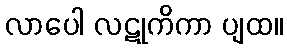
လာပေါ လဋုကိကာ ပျထ။